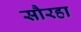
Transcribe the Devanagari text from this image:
सौरहा